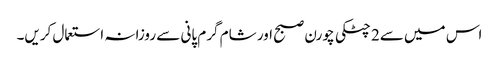
اس میں سے2 چٹکی چورن صبح اور شام گرم پانی سے روزانہ استعمال کریں۔